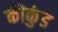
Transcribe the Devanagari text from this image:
कीकुंड